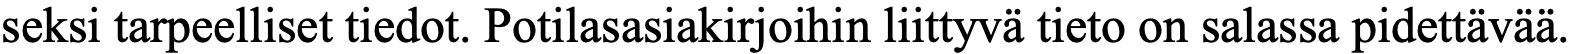
seksi tarpeelliset tiedot. Potilasasiakirjoihin liittyvä tieto on salassa pidettävää.